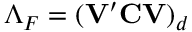
\Lambda _ { F } = ( { \bf V } ^ { \prime } { \bf C V } ) _ { d }